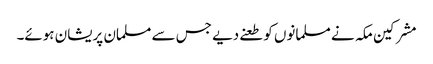
مشرکین مکہ نے مسلمانوں کو طعنے دیے جس سے مسلمان پریشان ہوئے۔